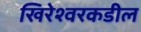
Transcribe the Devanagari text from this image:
खिरेश्वरकडील